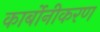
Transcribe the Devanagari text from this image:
कार्बोनीकरण